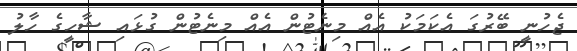
ޖެހުނީ ބޭރުގަ އެކަމަކު އެއް މިނެޓުން އެއް މިނެޓުން ގުޅައި ޝާހީގެ ހާލު